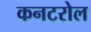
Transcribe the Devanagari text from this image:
कनटरोल